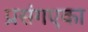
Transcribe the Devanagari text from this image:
प्रसंगएका